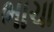
ભાચા